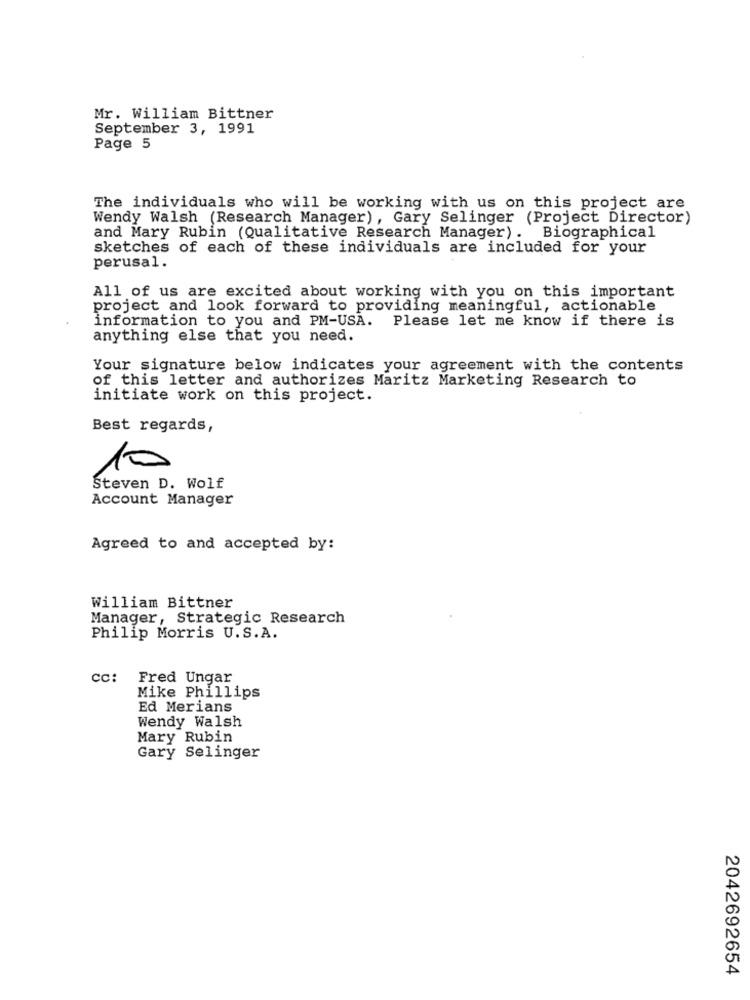
Mr. William Bittner
September 3, 1991
Page 5
The individuals who will be working with us on this project are
Wendy Walsh (Research Manager) , Gary Selinger (Project Director)
and Mary Rubin (Qualitative Research Manager) .
Biographical
sketches of each of these individuals are included for your
perusal.
All of us are excited about working with you on this important
project and look forward to providing meaningful, actionable
information to you and PM-USA. Please let me know if there is
anything else that you need.
Your signature below indicates your agreement with the contents
of this letter and authorizes Maritz Marketing Research to
initiate work on this project.
Best regards,
10
Steven D. Wolf
Account Manager
Agreed to and accepted by:
William Bittner
Manager, Strategic Research
Philip Morris U.S.A.
cc: Fred Ungar
Mike Phillips
Ed Merians
Wendy Walsh
Mary Rubin
Gary Selinger
2042692654